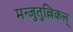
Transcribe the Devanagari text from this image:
मन्जुतुल्लिकल्